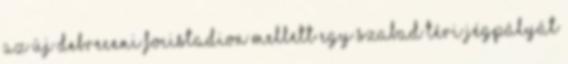
az új debreceni focistadion mellett egy szabad téri jégpályát